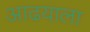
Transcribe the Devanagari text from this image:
आढयाला